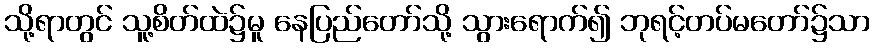
သို့ရာတွင် သူ့စိတ်ထဲ၌မူ နေပြည်တော်သို့ သွားရောက်၍ ဘုရင့်တပ်မတော်၌သာ